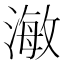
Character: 𭲅